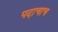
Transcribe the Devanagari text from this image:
पदाचाच